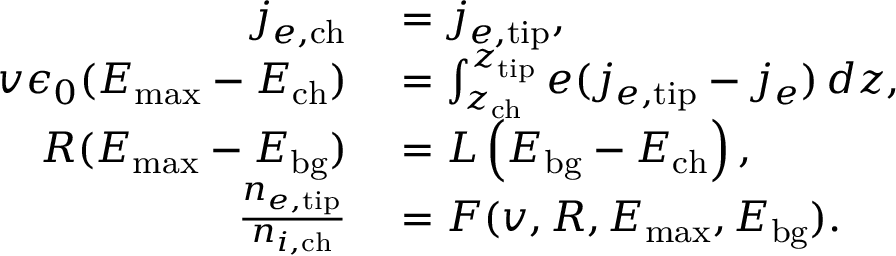
\begin{array} { r l } { j _ { e , \mathrm { c h } } } & { { } = j _ { e , \mathrm { t i p } } , } \\ { v \epsilon _ { 0 } ( E _ { \mathrm { m a x } } - E _ { \mathrm { c h } } ) } & { { } = \int _ { z _ { \mathrm { c h } } } ^ { z _ { \mathrm { t i p } } } e ( j _ { e , \mathrm { t i p } } - j _ { e } ) \, d z , } \\ { R ( E _ { \mathrm { m a x } } - E _ { \mathrm { b g } } ) } & { { } = L \left( E _ { \mathrm { b g } } - E _ { \mathrm { c h } } \right) , } \\ { \frac { n _ { e , \mathrm { t i p } } } { n _ { i , \mathrm { c h } } } } & { { } = F ( v , R , E _ { \mathrm { m a x } } , E _ { \mathrm { b g } } ) . } \end{array}